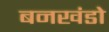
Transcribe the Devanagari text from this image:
बनखंडो